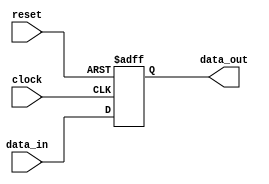
module rc_delay(
    input wire clock,
    input wire reset,
    input wire data_in,
    output reg data_out
);

reg [7:0] counter;
parameter DELAY = 8'hFF; // Define the delay value here

always @(posedge clock or posedge reset) begin
    if (reset) begin
        data_out <= 1'b0;
        counter <= 8'h00;
    end else if (counter < DELAY) begin
        counter <= counter + 1;
        data_out <= data_in;
    end else begin
        data_out <= data_in;
    end
end

endmodule